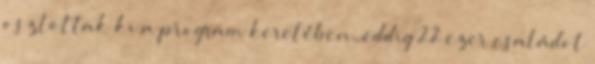
osztottak ki a program keretében, eddig 22 ezer családot